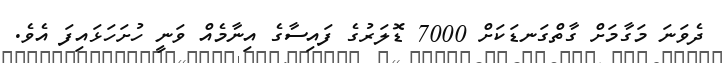
ދެވަނަ މަގާމަށް ގާތްގަނޑަކަށް 7000 ޑޮލަރުގެ ފައިސާގެ އިނާމެއް ވަނީ ހުށަހަޅައިފަ އެވެ.